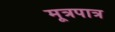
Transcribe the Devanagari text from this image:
मूत्रपात्र